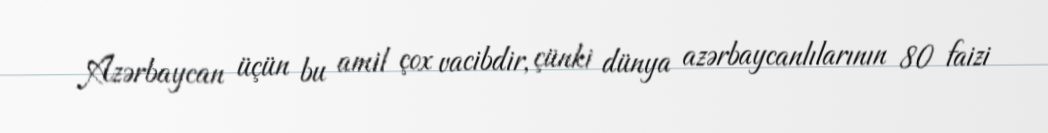
Azərbaycan üçün bu amil çox vacibdir, çünki dünya azərbaycanlılarının 80 faizi